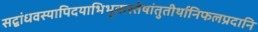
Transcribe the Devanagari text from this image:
सद्बांधवस्यापिदयाभिभूतास्तेषांतुतीर्थानिफलप्रदानि